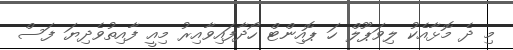
މި ދެ މޮޅާއެކު ލިވަޕޫލް ހަ ޕޮއިންޓް ހޯދާފައިވާއިރު މިއީ ފާއިތުވެދިޔަ ފަސް